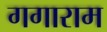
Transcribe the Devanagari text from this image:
गगाराम